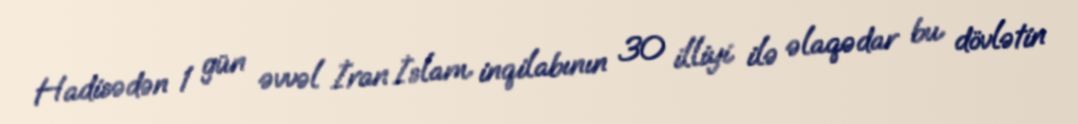
Hadisədən 1 gün əvvəl İran İslam inqilabının 30 illiyi ilə əlaqədar bu dövlətin